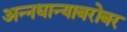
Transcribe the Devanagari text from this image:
अन्नधान्याबरोबर